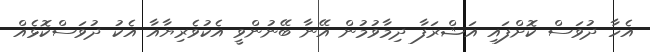
އެހާ ދުވަސް ކޮށްފައި އަޝްރަފާ ދިމާވުމުން އޭނާ ބޭނުންވީ އެކުވެރިޔާއާ އެކު ދުވަސްކޮޅެއް